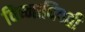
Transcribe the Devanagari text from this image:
विघ्नाधिपती